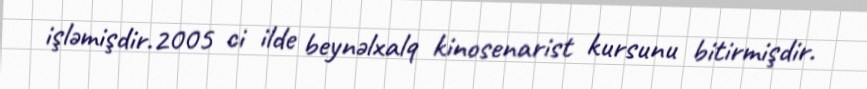
işləmişdir.2005 ci ilde beynəlxalq kinosenarist kursunu bitirmişdir.